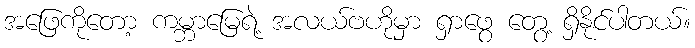
အဖြေကိုတော့ ကမ္ဘာမြေရဲ့ အလယ်ဗဟိုမှာ ရှာဖွေ တွေ့ ရှိနိုင်ပါတယ်။